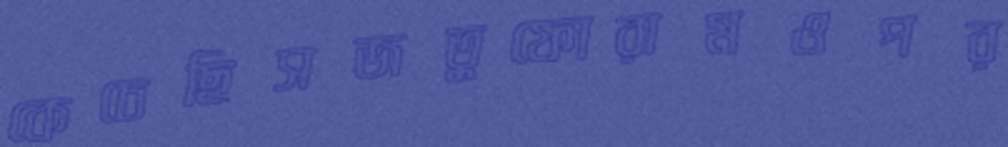
কেচেছিসজতুফোরামওপর